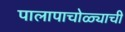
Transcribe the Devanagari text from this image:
पालापाचोळ्याची